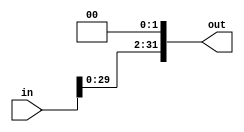
module shiftleft(in,out);
input [31:0] in;
output [31:0] out;
assign out= (in<<2);
endmodule